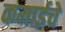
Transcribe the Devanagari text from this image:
कमाईचे